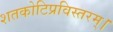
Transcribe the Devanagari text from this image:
शतकोटिप्रविस्तरम्‌।